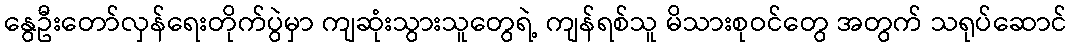
နွေဦးတော်လှန်ရေးတိုက်ပွဲမှာ ကျဆုံးသွားသူတွေရဲ့ ကျန်ရစ်သူ မိသားစုဝင်တွေ အတွက် သရုပ်ဆောင်